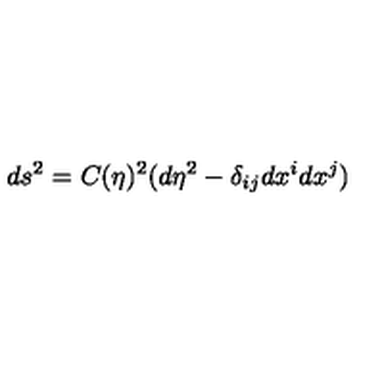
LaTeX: d s ^ { 2 } = C ( \eta ) ^ { 2 } ( d \eta ^ { 2 } - \delta _ { i j } d x ^ { i } d x ^ { j } )